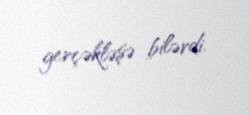
gerçəkləşə bilərdi.